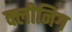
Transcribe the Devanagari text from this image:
क्लीनिग